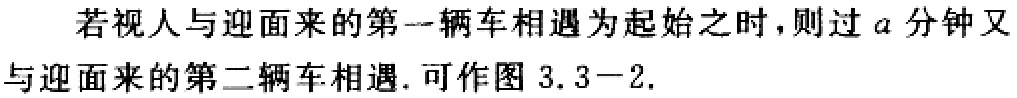
若视人与迎面来的第一辆车相遇为起始之时，则过\(a\)分钟又与迎面来的第二辆车相遇. 可作图 3.3−2.